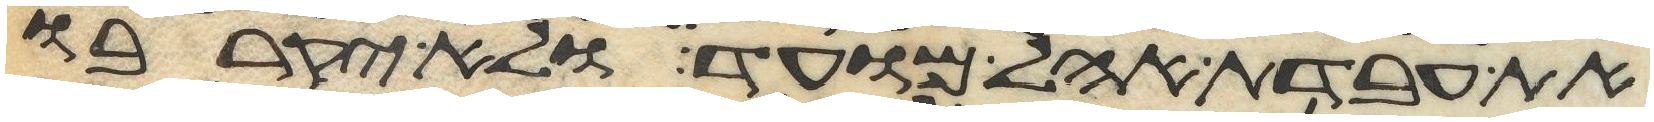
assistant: את עבדת אהל מועד ולא יקרבו